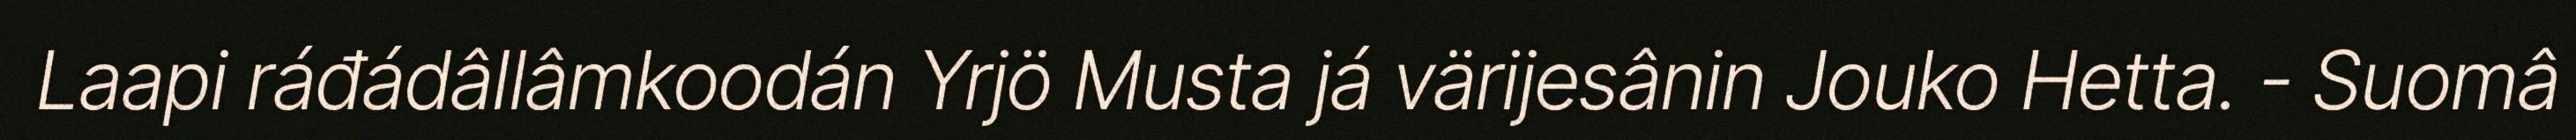
Laapi ráđádâllâmkoodán Yrjö Musta já värijesânin Jouko Hetta. - Suomâ